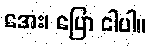
အေး၊ ပြော ငါပါ။